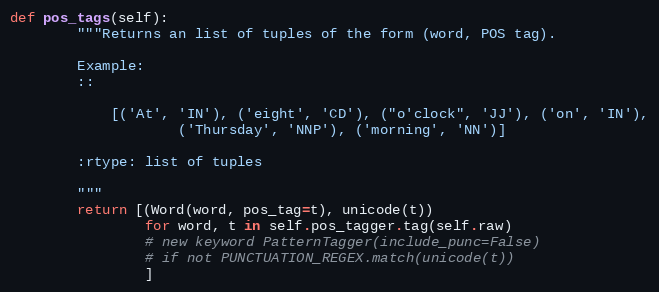
Language: Python
def pos_tags(self):
        """Returns an list of tuples of the form (word, POS tag).

        Example:
        ::

            [('At', 'IN'), ('eight', 'CD'), ("o'clock", 'JJ'), ('on', 'IN'),
                    ('Thursday', 'NNP'), ('morning', 'NN')]

        :rtype: list of tuples

        """
        return [(Word(word, pos_tag=t), unicode(t))
                for word, t in self.pos_tagger.tag(self.raw)
                # new keyword PatternTagger(include_punc=False)
                # if not PUNCTUATION_REGEX.match(unicode(t))
                ]